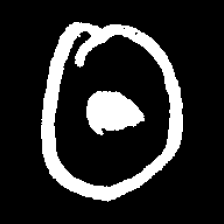
Pyu character \u2014 Myanmar letter: ထ (romanized: tha)